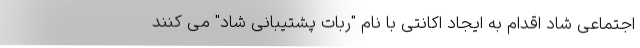
اجتماعی شاد اقدام به ایجاد اکانتی با نام "ربات پشتیبانی شاد" می کنند